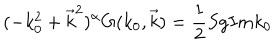
( - k _ { 0 } ^ { 2 } + \vec { k } ^ { 2 } ) ^ { \alpha } G ( k _ { 0 } , \vec { k } ) = \frac { 1 } { 2 } S g I m k _ { 0 }